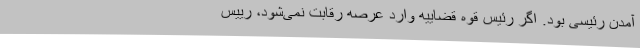
آمدن رئیسی بود. اگر رئیس قوه قضاییه وارد عرصه رقابت نمی‌شود، رییس